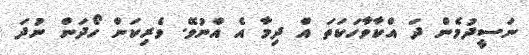
ނަސީދުމެން ދަ އްކާވާހަކަތަ އް ދިމާ އެ އްނުވޭ. ވެރިކަން ހޯދަން ނުދަ